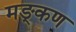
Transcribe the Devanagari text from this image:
मङ्कण